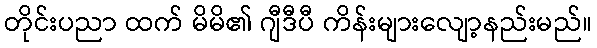
တိုင်းပညာ ထက် မိမိ၏ ဂျီဒီပီ ကိန်းများလျော့နည်းမည်။